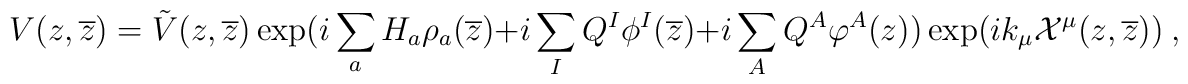
V (z,{\overline z}) ={\tilde V}(z,{\overline z})  \exp(i\sum_a H_a \rho_a ({\overline z}) +i\sum_I Q^I \phi^I ({\overline z}) + i\sum_A Q^A \varphi^A (z)) \exp(ik_\mu {\cal X}^\mu (z,{\overline z}))~,